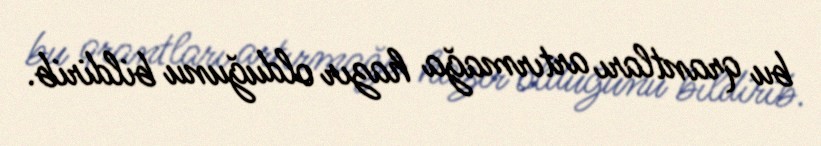
bu qrantları artırmağa hazır olduğunu bildirib.